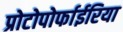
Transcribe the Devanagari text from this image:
प्रोटोपोर्फाईरिया